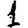
Digit: 1